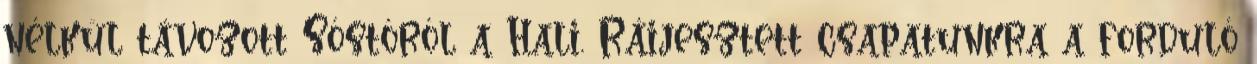
nélkül távozott Sóstóról a Hali. Ráijesztett csapatunkra a forduló